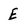
Character: E